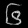
Digit: ၆